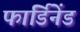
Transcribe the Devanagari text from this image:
फार्डिनेंड